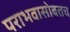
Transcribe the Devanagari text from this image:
पराभवासोबतच